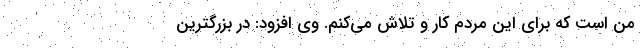
من است که برای این مردم کار و تلاش می‌کنم. وی افزود: در بزرگترین